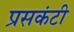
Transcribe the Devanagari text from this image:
प्रसकंटी